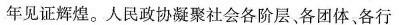
年见证辉煌。人民政协凝聚社会各阶层、各团体、各行